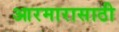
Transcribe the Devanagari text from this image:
आरमारासाठी